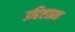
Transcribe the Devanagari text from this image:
उद्दिष्टाप्रत